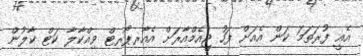
އެއީ ފުރަތަމަ ކަން އެއަށް ފަހު ޖީއެމްއާރަށް އެއާރޕޯރޓް ވިއްކާލާ ކަޓް ކާލުން